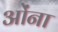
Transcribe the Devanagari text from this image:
ओंना